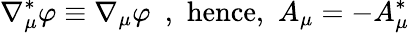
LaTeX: \nabla_{\mu}^{\ast}\varphi\equiv\nabla_{\mu}\varphi\, \, \, ,\, \, \mathrm{hence,}\, \, \, A_{\mu}=-A_{\mu}^{\ast}